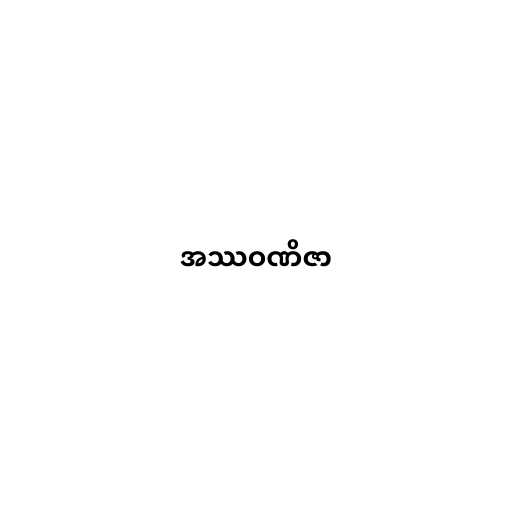
အဿဝဏိဇာ